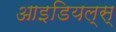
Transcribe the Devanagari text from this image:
आइडियल्स्‌